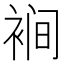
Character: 裥